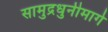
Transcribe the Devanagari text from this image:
सामुद्रधुनीमार्गे